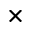
\times